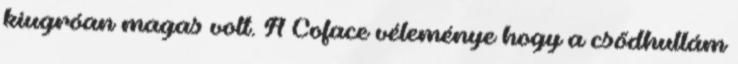
kiugróan magas volt. A Coface véleménye hogy a csődhullám